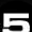
Digit: 5